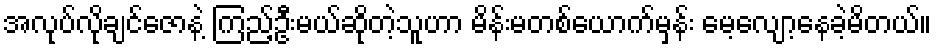
အလုပ်လိုချင်ဇောနဲ့ ကြည့်ဦးမယ်ဆိုတဲ့သူဟာ မိန်းမတစ်ယောက်မှန်း မေ့လျော့နေခဲ့မိတယ်။